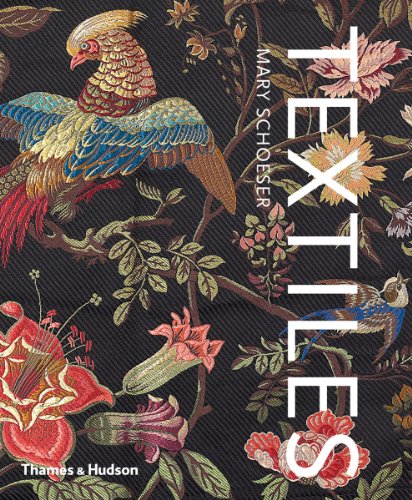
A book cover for Textiles: The Art of Mankind; Mary Schoeser; Arts & Photography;